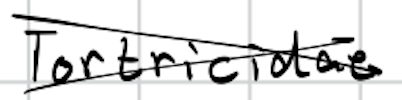
Text: Tortricidae
Cross-out: cross
Writing tool: digital_black